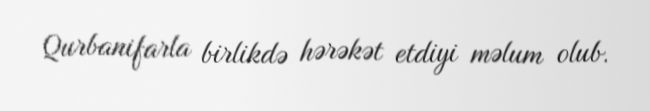
Qurbanifarla birlikdə hərəkət etdiyi məlum olub.